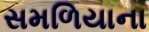
સમળિયાના